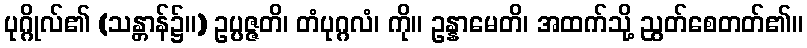
ပုဂ္ဂိုလ်၏ (သန္တာန်၌။) ဥပ္ပဇ္ဇတိ၊ တံပုဂ္ဂလံ၊ ကို။ ဥန္နာမေတိ၊ အထက်သို့ ညွတ်စေတတ်၏။